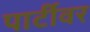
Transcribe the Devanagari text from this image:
पार्टीवर